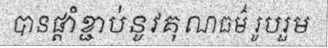
បានផ្តាំខ្ជាប់នូវគុណធម៌ រូបរួម